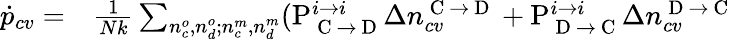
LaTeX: \begin{array}{rl}{\dot{p}_{cv}=}&{{}\frac{1}{Nk}\sum_{n_{c}^{o},n_{d}^{o};n_{c}^{m},n_{d}^{m}}(\mathrm{P}_{\mathrm{~C~}\rightarrow\mathrm{~D~}}^{i\rightarrow i}\Delta n_{cv}^{\mathrm{~C~}\rightarrow\mathrm{~D~}}+\mathrm{P}_{\mathrm{~D~}\rightarrow\mathrm{~C~}}^{i\rightarrow i}\Delta n_{cv}^{\mathrm{~D~}\rightarrow\mathrm{~C~}}}\end{array}